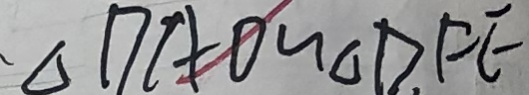
\Delta D A D \sim \Delta D F E